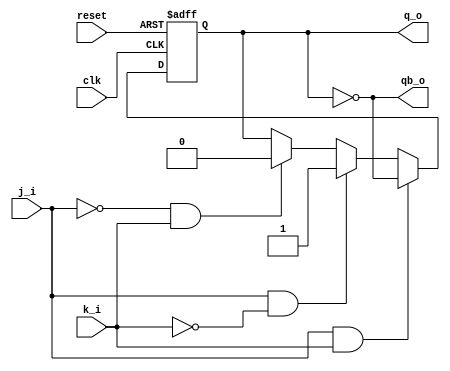
module jk_ff(clk,reset,j_i,k_i,q_o,qb_o);
input clk,reset,j_i,k_i;
output q_o,qb_o;
reg q_o;
always@ (posedge clk or negedge reset)
begin
		if (reset==0)
			   q_o <=0;
	else
		begin
			if(j_i ==0 & k_i==0)
				q_o<=q_o;
			if(j_i ==0 & k_i==1)
        				q_o<=1'b0;
			if(j_i ==1 & k_i==0)
      			 	 q_o<=1'b1;
			if(j_i ==1 & k_i==1)
      				  q_o<=~q_o;
end
end  
assign qb_o =~ q_o;
endmodule